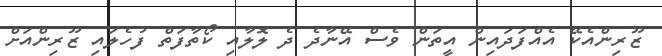
ޒޫރިންއެކޭ އެއްފަދައިން އީތަން ވެސް އޭނާދެ ދެ ލޮލާއި ކޯތާފަތް ފުހެލައި ޒޫރިންއަށް